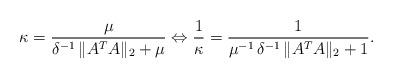
LaTeX: \begin{align*} \kappa = \frac{\mu}{\delta^{-1}\, \|A^T A\|_2 + \mu} \Leftrightarrow \frac{1}{\kappa} = \frac{1}{\mu^{-1} \, \delta^{-1}\, \|A^T A\|_2 + 1}.\end{align*}